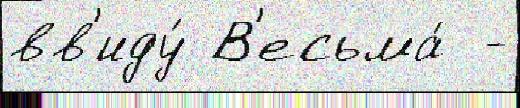
вв'иду́ В'есьма́  -